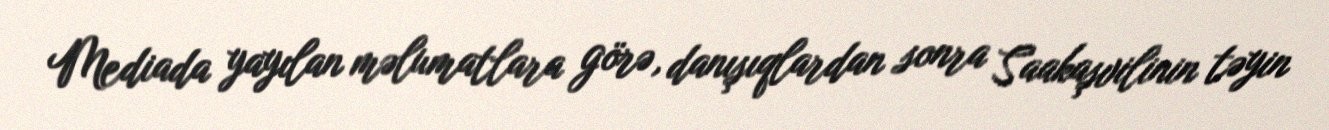
Mediada yayılan məlumatlara görə, danışıqlardan sonra Saakaşvilinin təyin